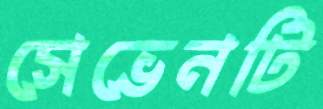
সেভেনটি